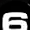
Digit: 6